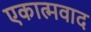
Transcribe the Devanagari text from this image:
एकात्मवाद